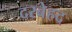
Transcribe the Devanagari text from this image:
दरबेहद